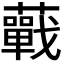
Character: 𧂁